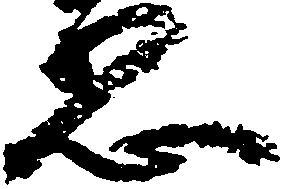
想